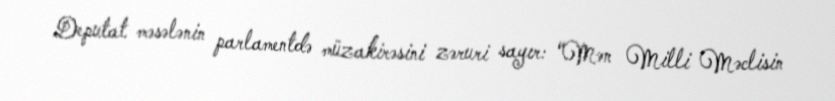
Deputat məsələnin parlamentdə müzakirəsini zəruri sayır: “Mən Milli Məclisin